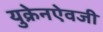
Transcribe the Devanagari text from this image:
युक्रेनऐवजी